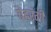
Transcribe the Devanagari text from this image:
बेहरंगी